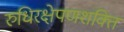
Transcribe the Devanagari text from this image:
रुधिरक्षेपणशक्ति